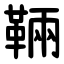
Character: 䩫